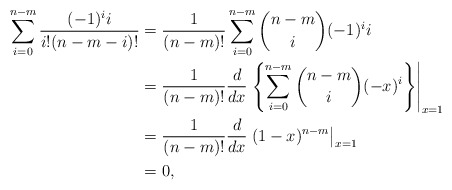
\begin{align*} \sum_{i=0}^{n-m}\frac{(-1)^ii}{i!(n-m-i)!}&=\frac{1}{(n-m)!}\sum_{i=0}^{n-m}\binom{n-m}{i}(-1)^ii\\&=\frac{1}{(n-m)!}\frac{d}{dx}\left.\left\{\sum_{i=0}^{n-m}\binom{n-m}{i}(-x)^i\right\}\right|_{x=1}\\&=\frac{1}{(n-m)!}\frac{d}{dx}\left.(1-x)^{n-m}\right|_{x=1}\\&=0,\end{align*}